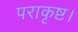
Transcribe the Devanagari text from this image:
पराकृष्ट।